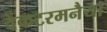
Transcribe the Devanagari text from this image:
वेंकटरमनैया